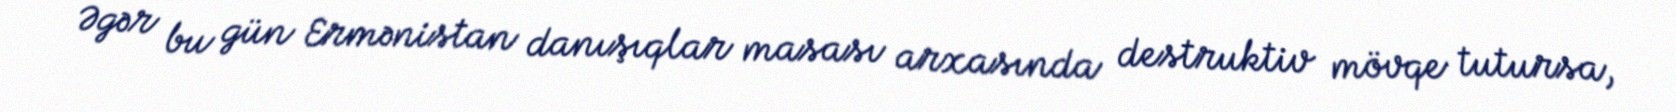
Əgər bu gün Ermənistan danışıqlar masası arxasında destruktiv mövqe tutursa,